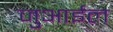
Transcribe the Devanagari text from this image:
जुआईल